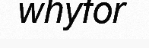
whyfor